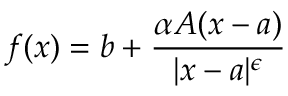
f ( x ) = b + { \frac { \alpha A ( x - a ) } { | x - a | ^ { \epsilon } } }